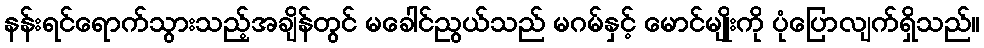
နန်းရင်ရောက်သွားသည့်အချိန်တွင် မခေါင်ညွယ်သည် မဂမ်နှင့် မောင်မျိုးကို ပုံပြောလျက်ရှိသည်။